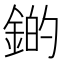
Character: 𫒫